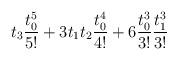
LaTeX: \begin{align*}t_3 \frac{t_0^5}{5!} + 3 t_1 t_2 \frac{t_0^4}{4!} + 6 \frac{t_0^3}{3!}\frac{t_1^3}{3!}\end{align*}